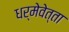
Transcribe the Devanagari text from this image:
धर्मेवेत्ता